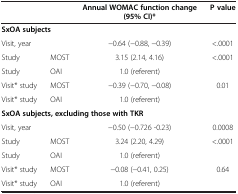
<table><thead><tr><td colspan="2"><b> </b></td><td><b>Annual WOMAC function change (95% CI)*</b></td><td><b>P value</b></td></tr></thead><tbody><tr><td colspan="4"><b>SxOA subjects</b></td></tr><tr><td>Visit, year</td><td> </td><td>−0.64 (−0.88, −0.39)</td><td>&lt;.0001</td></tr><tr><td>Study</td><td>MOST</td><td>3.15 (2.14, 4.16)</td><td>&lt;.0001</td></tr><tr><td>Study</td><td>OAI</td><td>1.0 (referent)</td><td> </td></tr><tr><td>Visit* study</td><td>MOST</td><td>−0.39 (−0.70, −0.08)</td><td>0.01</td></tr><tr><td>Visit* study</td><td>OAI</td><td>1.0 (referent)</td><td> </td></tr><tr><td colspan="4"><b>SxOA subjects, excluding those with TKR</b></td></tr><tr><td>Visit, year</td><td> </td><td>−0.50 (−0.726 -0.23)</td><td>0.0008</td></tr><tr><td>Study</td><td>MOST</td><td>3.24 (2.20, 4.29)</td><td>&lt;.0001</td></tr><tr><td>Study</td><td>OAI</td><td>1.0 (referent)</td><td> </td></tr><tr><td>Visit* study</td><td>MOST</td><td>−0.08 (−0.41, 0.25)</td><td>0.64</td></tr><tr><td>Visit* study</td><td>OAI</td><td>1.0 (referent)</td><td> </td></tr></tbody></table>